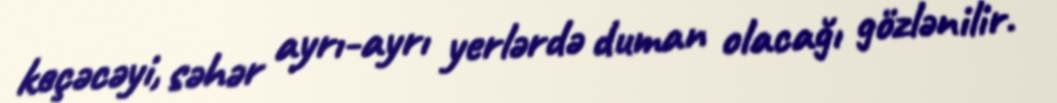
keçəcəyi, səhər ayrı-ayrı yerlərdə duman olacağı gözlənilir.